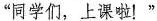
”同学们，上课啦！”